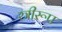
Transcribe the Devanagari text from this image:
स्त्रीरूप